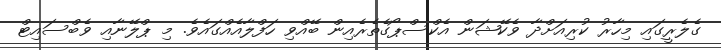
ގެލެރީގައި މިހާރު ކުރިއަށްދާ ވެކޭޝަން އެކްސްޕޯގެތެރެއިން ބޭއްވި ހަފްލާއެއްގައެވެ. މި ޕްލޭނާއި ވެބްސައިޓް